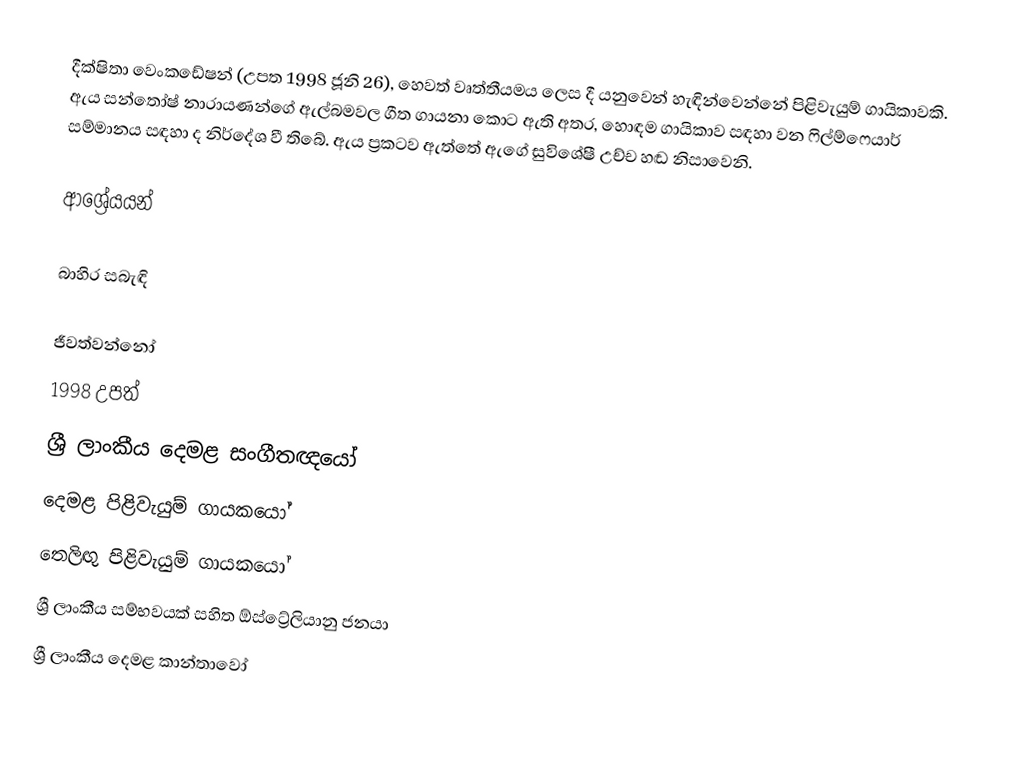
දීක්ෂිතා වෙංකඩේෂන් (උපත 1998 ජූනි 26), හෙවත් වෘත්තීයමය ලෙස දී යනුවෙන් හැඳින්වෙන්නේ පිළිවැයුම් ගායිකාවකි. ඇය සන්තෝෂ් නාරායණන්ගේ ඇල්බමවල ගීත ගායනා කොට ඇති අතර, හොඳම ගායිකාව සඳහා වන ෆිල්ම්ෆෙයාර් සම්මානය සඳහා ද නිර්දේශ වී තිබේ. ඇය ප්‍රකටව ඇත්තේ ඇගේ සුවිශේෂී උච්ච හඬ නිසාවෙනි.

ආශ්‍රේයයන්

බාහිර සබැඳි

ජීවත්වන්නෝ
1998 උපත්
ශ්‍රී ලාංකීය දෙමළ සංගීතඥයෝ
දෙමළ පිළිවැයුම් ගායකයෝ
තෙලිඟු පිළිවැයුම් ගායකයෝ
ශ්‍රී ලාංකීය සම්භවයක් සහිත ඕස්ට්‍රේලියානු ජනයා
ශ්‍රී ලාංකීය දෙමළ කාන්තාවෝ